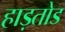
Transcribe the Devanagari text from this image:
हाड़तोड